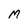
Character: M